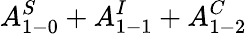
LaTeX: A_{1-0}^{S}+A_{1-1}^{I}+A_{1-2}^{C}